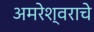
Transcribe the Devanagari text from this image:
अमरेश्वराचे